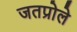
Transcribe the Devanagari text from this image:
जतप्रोले